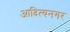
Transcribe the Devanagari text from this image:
आदित्यनगर